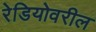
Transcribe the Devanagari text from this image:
रेडियोवरील